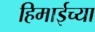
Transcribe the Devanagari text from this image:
हिमाईच्या